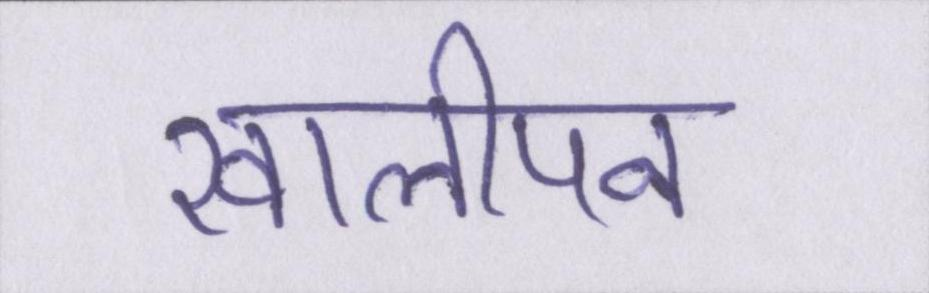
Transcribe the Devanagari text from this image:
खालीपन